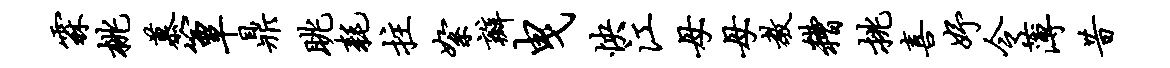
霖桃慕簟鼎眺耗拄絮瓣曳怏江母母教糟挑喜妤令薄昔